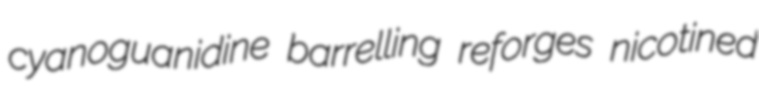
cyanoguanidine barrelling reforges nicotined